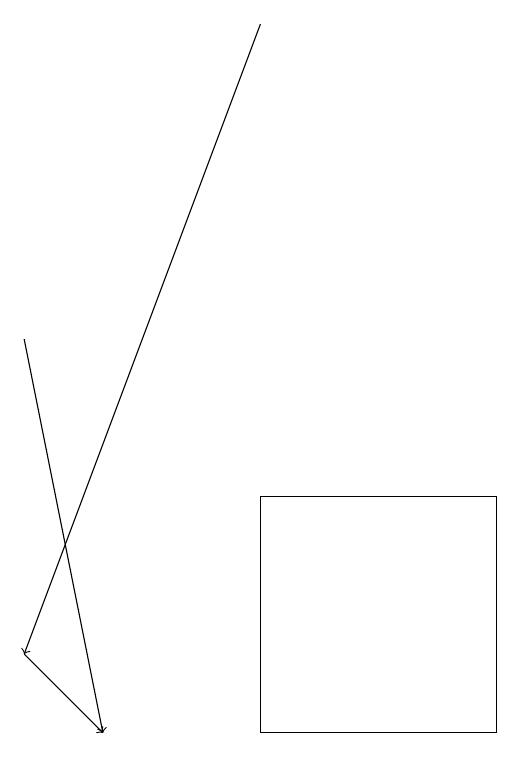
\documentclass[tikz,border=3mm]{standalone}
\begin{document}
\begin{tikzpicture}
\draw (9,10) rectangle (6,13);
\draw[->] (6,19) -- (3,11);
\draw[->] (3,11) -- (4,10);
\draw[->] (3,15) -- (4,10);
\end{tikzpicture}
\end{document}